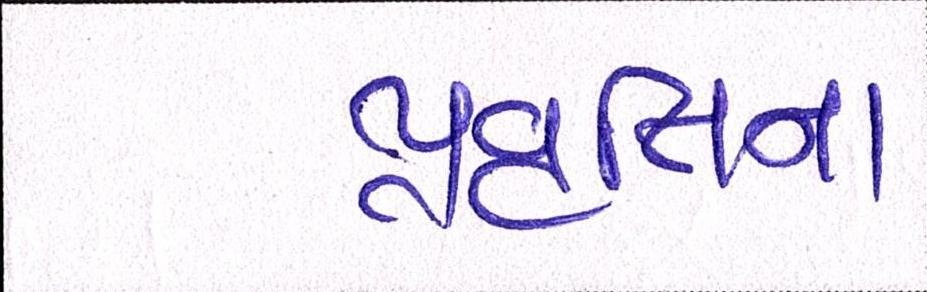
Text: પ્રવૃત્તિના